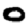
Digit: 0